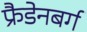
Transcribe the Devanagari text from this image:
फ्रैडेनबर्ग